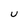
Character: U